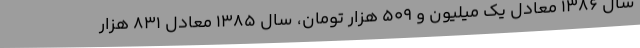
سال ۱۳۸۶ معادل یک میلیون و ۵۰۹ هزار تومان، سال ۱۳۸۵ معادل ۸۳۱ هزار